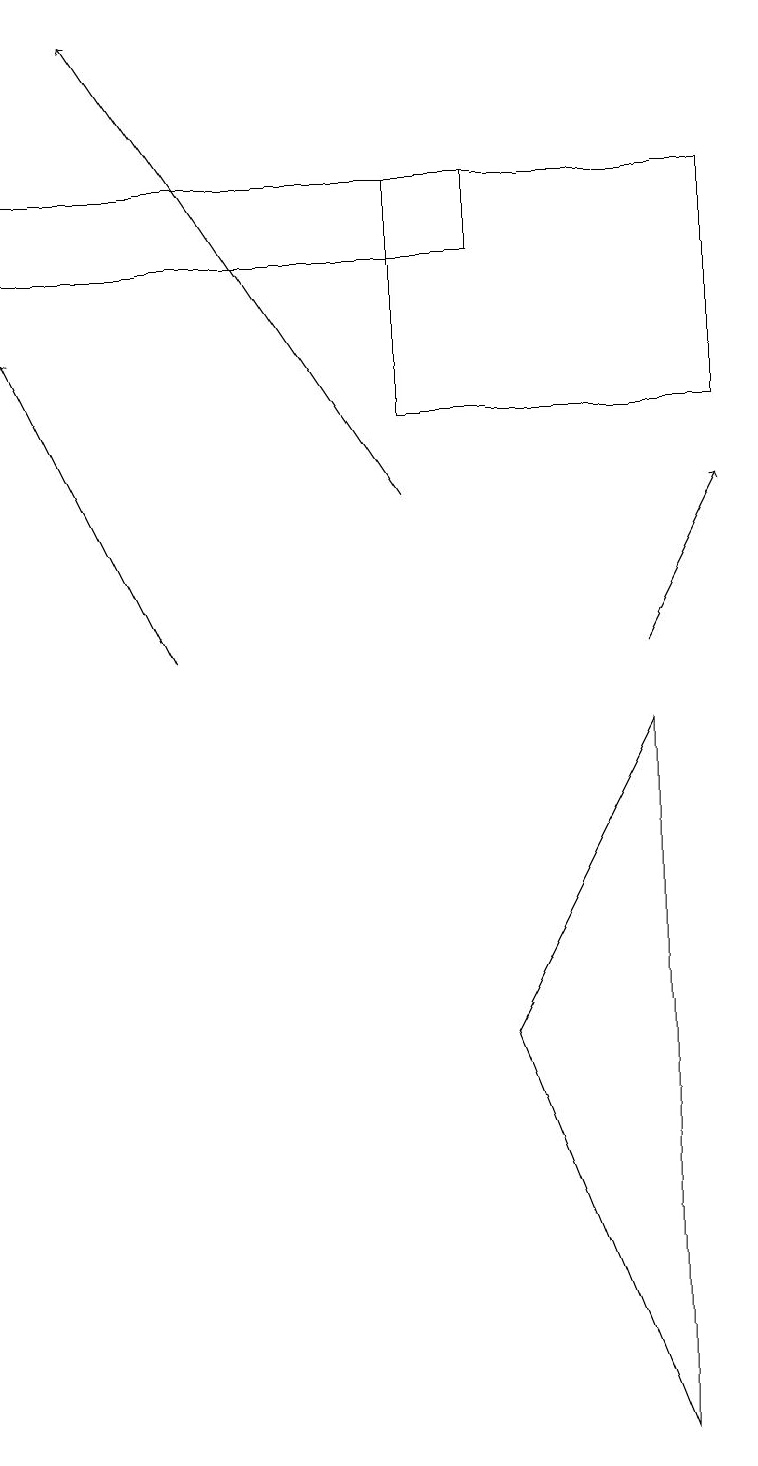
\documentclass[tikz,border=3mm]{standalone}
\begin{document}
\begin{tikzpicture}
\draw[->] (2,10) -- (0,14);
\draw (5,13) rectangle (9,16);
\draw[->] (5,12) -- (1,18);
\draw (6,5) -- (8,0) -- (8,9) -- cycle;
\draw[->] (8,10) -- (9,12);
\draw (0,15) rectangle (6,16);
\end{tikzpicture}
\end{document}